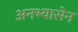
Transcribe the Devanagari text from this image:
अनभ्यासेन